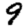
Digit: 9